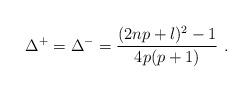
LaTeX: \begin{align*}\Delta ^{+}=\Delta ^{-}=\displaystyle\frac{(2np+l)^{2}-1}{4p(p+1)}\, \, .\end{align*}